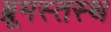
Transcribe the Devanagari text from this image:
ब्रूमस्तस्थ